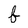
Character: f